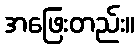
အဖြေးတည်း။